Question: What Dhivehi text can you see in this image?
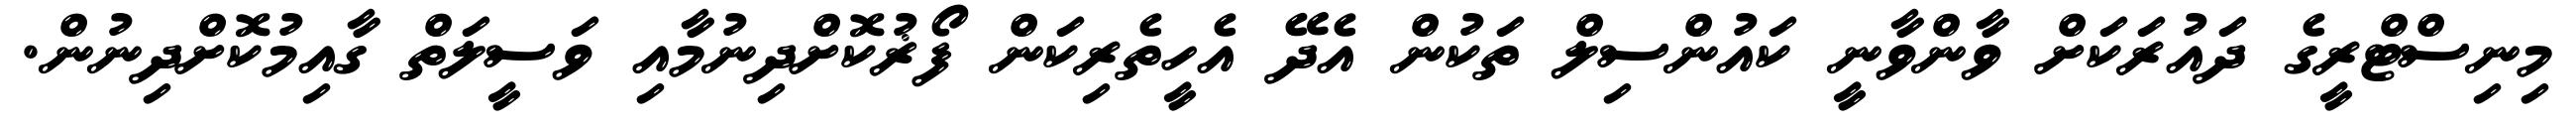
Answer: މިނިސްޓްރީގެ ދައުރަކަށް ވާންވާނީ ކައުންސިލް ތަކުން އެދޭ އެހީތެރިކަން ފޯޜުކޮށްދިނުމާއި ވަސީލަތް ގާއިމުކޮށްދިނުން.